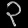
Digit: ၃